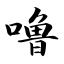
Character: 噜